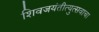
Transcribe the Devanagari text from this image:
शिवजयंतीत्युत्सवाचा